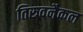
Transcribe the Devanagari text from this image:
तिरुवनैकल